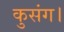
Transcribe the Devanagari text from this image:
कुसंग।